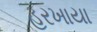
હરખાયા